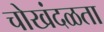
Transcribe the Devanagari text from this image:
चोखंदळता